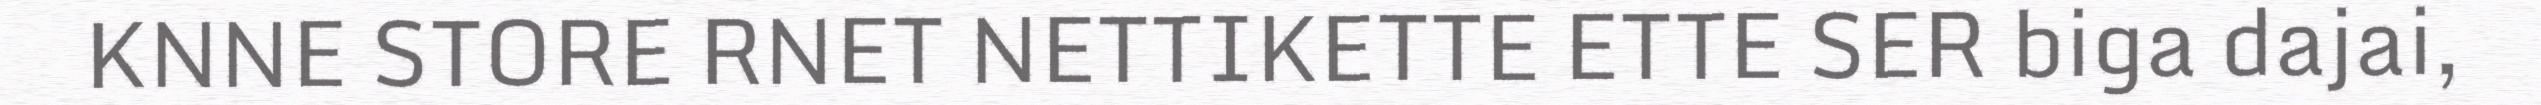
KNNE STORE RNET NETTIKETTE ETTE SER biga dajai,